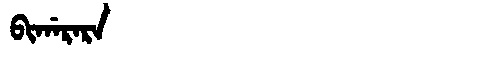
Manchu: ᠪᡳᡤᠠᡵᠠᡵᠠ
Romanization: BIGARARA